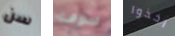
سن سوف اخذوا